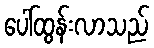
ပေါ်ထွန်းလာသည်